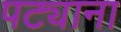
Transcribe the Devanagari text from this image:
पट्याना